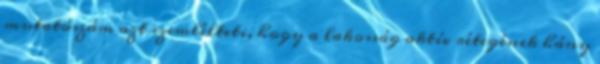
mutatószám azt szemlélteti, hogy a lakosság aktív rétegének hány